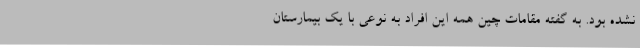
نشده بود. به گفته مقامات چین همه این افراد به نوعی با یک بیمارستان